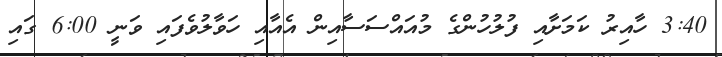
3:40 ހާއިރު ކަމަށާއި ފުލުހުންގެ މުއައްސަސާއިން އެއާއި ހަވާލުވެފައި ވަނީ 6:00 ގައި